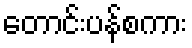
တောင်းပန်စကား